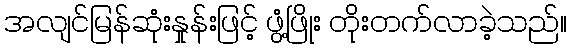
အလျင်မြန်ဆုံးနှုန်းဖြင့် ဖွံ့ဖြိုး တိုးတက်လာခဲ့သည်။